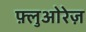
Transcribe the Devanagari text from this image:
फ़्लुओरेज़